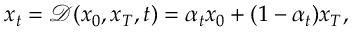
\begin{array} { r } { \boldsymbol { x } _ { t } = \mathcal { D } ( \boldsymbol { x } _ { 0 } , \boldsymbol { x } _ { T } , t ) = { \alpha _ { t } } \boldsymbol { x } _ { 0 } + { ( 1 - \alpha _ { t } ) } \boldsymbol { x } _ { T } , } \end{array}